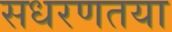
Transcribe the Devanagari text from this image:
सधरणतया